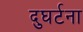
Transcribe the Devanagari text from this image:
दुघर्टना